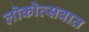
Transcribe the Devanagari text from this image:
लोकोत्सवात